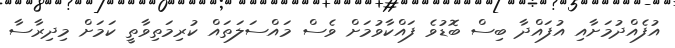
އުފެއްދުމަށާއި އުފައްދާ ބިސް ބޮޑުވެ ފައްކާވުމަށް ވެސް މައްސަލަތައް ކުރިމަތިވާތީ ކަަމަށް މިދިރާސާ